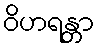
ဝိဟရန္တာ